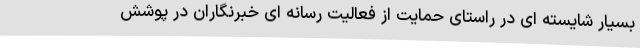
بسیار شایسته ای در راستای حمایت از فعالیت رسانه ای خبرنگاران در پوشش